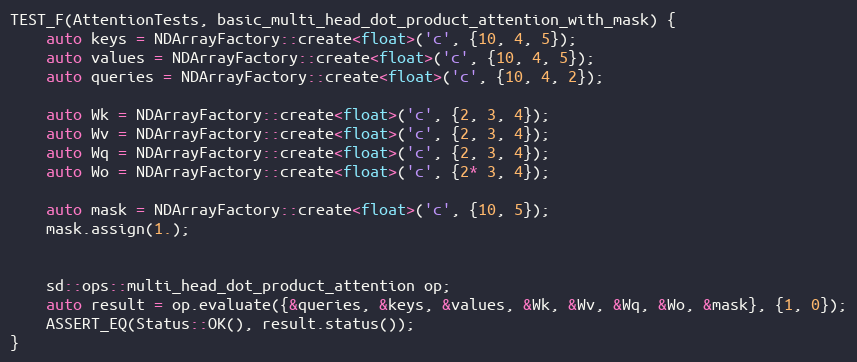
Language: C++
TEST_F(AttentionTests, basic_multi_head_dot_product_attention_with_mask) {
    auto keys = NDArrayFactory::create<float>('c', {10, 4, 5});
    auto values = NDArrayFactory::create<float>('c', {10, 4, 5});
    auto queries = NDArrayFactory::create<float>('c', {10, 4, 2});

    auto Wk = NDArrayFactory::create<float>('c', {2, 3, 4});
    auto Wv = NDArrayFactory::create<float>('c', {2, 3, 4});
    auto Wq = NDArrayFactory::create<float>('c', {2, 3, 4});
    auto Wo = NDArrayFactory::create<float>('c', {2* 3, 4});

    auto mask = NDArrayFactory::create<float>('c', {10, 5});
    mask.assign(1.);

    sd::ops::multi_head_dot_product_attention op;
    auto result = op.evaluate({&queries, &keys, &values, &Wk, &Wv, &Wq, &Wo, &mask}, {1, 0});
    ASSERT_EQ(Status::OK(), result.status());
}